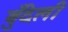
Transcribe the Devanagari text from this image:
बुँदेली